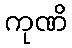
ကုဏိ